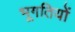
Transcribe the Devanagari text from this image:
भूगतियों